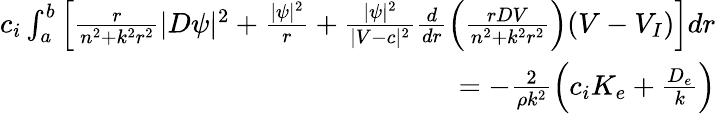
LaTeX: \begin{array}{r}{c_{i}\int_{a}^{b}\left[\frac{r}{n^{2}+k^{2}r^{2}}|D\psi|^{2}+\frac{|\psi|^{2}}{r}+\frac{|\psi|^{2}}{|V-c|^{2}}\frac{d}{dr}\left(\frac{rDV}{n^{2}+k^{2}r^{2}}\right)(V-V_{I})\right]dr}\\ {=-\frac{2}{\rho k^{2}}\left(c_{i}K_{e}+\frac{D_{e}}{k}\right)}\end{array}